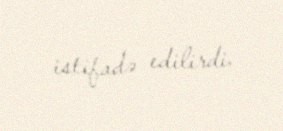
istifadə edilirdi.